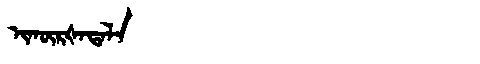
Manchu: ᡳᡴᡡᡵᡧᠠᡨᠠᠯᠠ
Romanization: IKŪRŠATALA